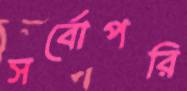
সর্বোপরি